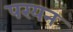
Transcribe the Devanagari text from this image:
परयन